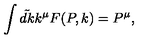
\int \tilde { d k } k ^ { \mu } F ( P , k ) = P ^ { \mu } ,